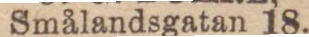
Smålandsgatan 18.